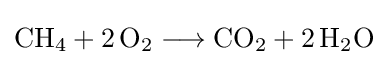
{\mathrm {CH} {\vphantom {A}}_{\smash[{t}]{4}}{}+{}2\,\mathrm {O} {\vphantom {A}}_{\smash[{t}]{2}}{}\mathrel {\longrightarrow } {}\mathrm {CO} {\vphantom {A}}_{\smash[{t}]{2}}{}+{}2\,\mathrm {H} {\vphantom {A}}_{\smash[{t}]{2}}\mathrm {O} }